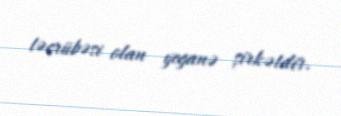
təcrübəsi olan yeganə şirkətdir.